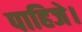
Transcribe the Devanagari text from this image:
पाहिजे।